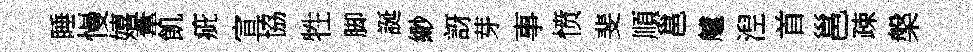
睡慢嬉葦飢疵宣協牲脚誕緲訝芽事愤斐順邕艫湼首邕疎槃